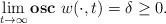
LaTeX: \begin{align*}\lim\limits_{t \to \infty } \mathbf{osc~ }{w(\cdot,t)} = \delta \geq 0. \end{align*}